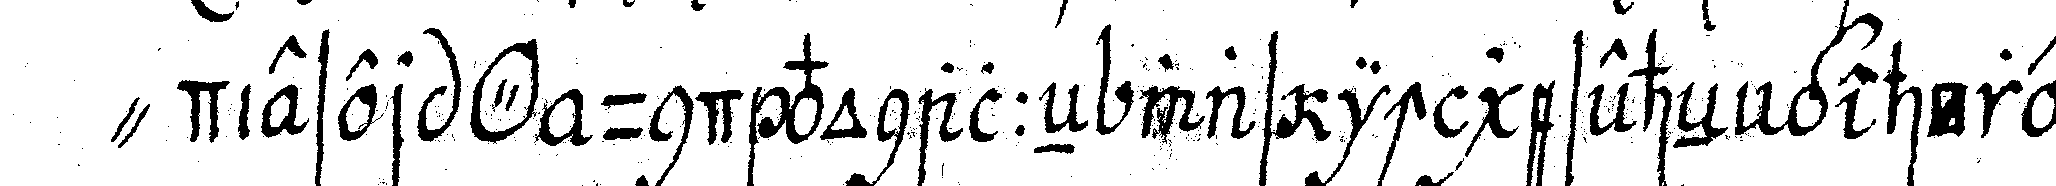
" dieser *o* und vonalleN was ich geseheN gehöret